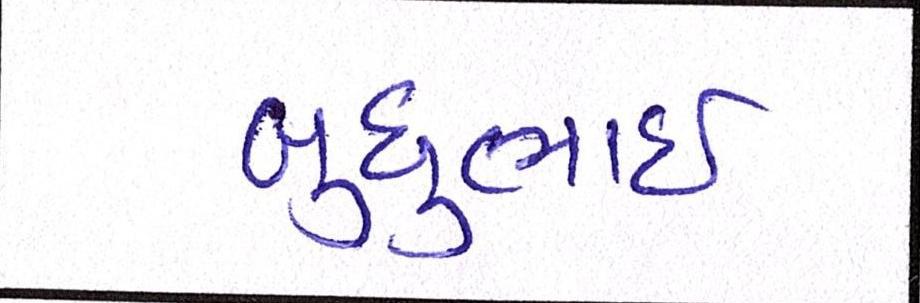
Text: બુધુભાઇ